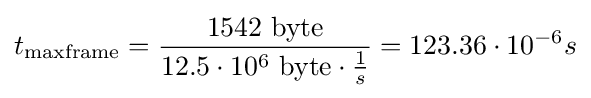
t_{\text{maxframe}}={\frac {1542{\text{ byte}}}{12.5\cdot 10^{6}{\text{ byte}}\cdot {\frac {1}{s}}}}=123.36\cdot 10^{-6}s